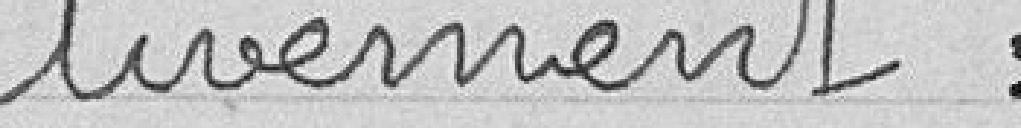
tivement